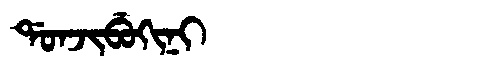
Manchu: ᡩᠣᠨᠵᡳᠪᡠᡴᡳᠨᡳ
Romanization: DONJIBUKINI